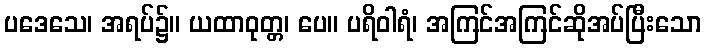
ပဒေသေ၊ အရပ်၌။ ယထာဝုတ္တ၊ ပေ။ ပရိဝါရံ၊ အကြင်အကြင်ဆိုအပ်ပြီးသော